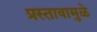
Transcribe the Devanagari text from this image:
प्रस्तावामुळे